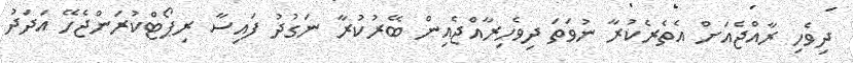
ދިވެހި ރާއްޖެއަށް އެތެރެކުރާ ނުވަތަ ދިވެހިރާއްޖެއިން ބޭރުކުރާ ނަގުދު ފައިސާ ރިޕޯޓްކުރަންޖެހޭ އަދަދު